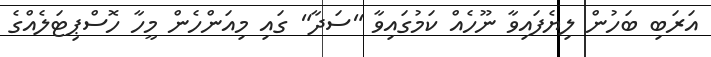
އަރަބި ބަހުން ލިޔެފައިވާ ނޫހެއް ކަމުގައިވާ "ސަދާ" ގައި މިއަންހެން މީހާ ހޮސްޕިޓަލެއްގެ